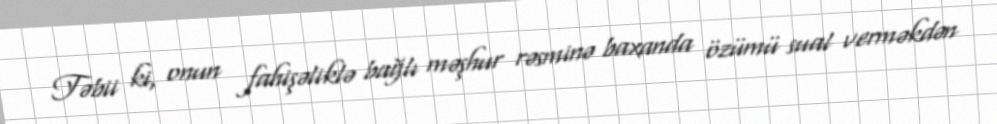
Təbii ki, onun fahişəliklə bağlı məşhur rəsminə baxanda özümü sual verməkdən